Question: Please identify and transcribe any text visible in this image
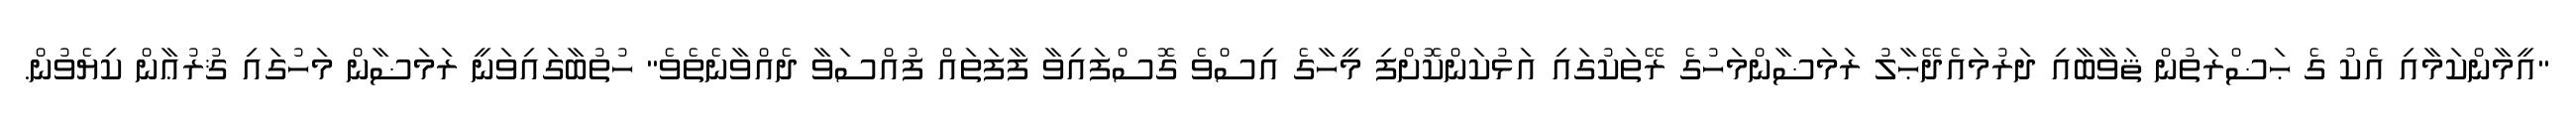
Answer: "އީމާންކަމާއި އެކު ގެ ޙަޟްރަތުން ޘަވާބާއި ދަރުމައެދޭޙާލު ރަމަޟާންމަހުގެ ރޭތަކުގައި އަޅުކަންކޮށްފި މީހާގެ އިސްވެ ގޮސްފައިވާ ފާފަތައް ފުއްސަވާ ދެއްވާނެތެވެ" ހުތުބާގައިވަނީ ރަމަޟާން މަހުގައި ޤުރުޢާން ކިޔެވުން.